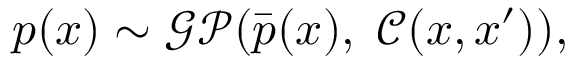
p ( \boldsymbol { x } ) \sim \mathcal { G P } ( \bar { p } ( \boldsymbol { x } ) , \; \mathcal { C } ( \boldsymbol { x } , \boldsymbol { x } ^ { \prime } ) ) ,